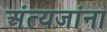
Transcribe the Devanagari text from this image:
अंत्यजांना